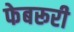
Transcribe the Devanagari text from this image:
फेबरूरी